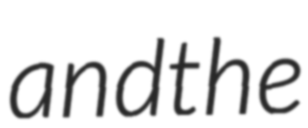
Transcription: and the